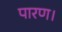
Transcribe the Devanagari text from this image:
पारण।